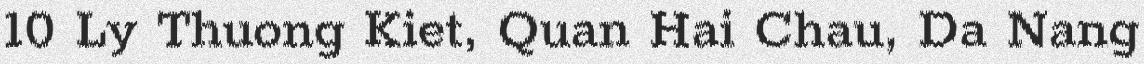
10 Ly Thuong Kiet, Quan Hai Chau, Da Nang